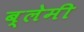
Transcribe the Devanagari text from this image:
ब्लेमी